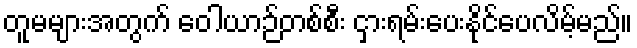
တူမများအတွက် ဝေါယာဉ်တစ်စီး ငှားရမ်းပေးနိုင်ပေလိမ့်မည်။